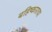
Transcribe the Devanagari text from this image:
बहिष्काराचा